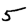
Digit: 5